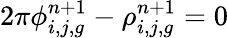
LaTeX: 2\pi\phi_{i,j,g}^{n+1}-\rho_{i,j,g}^{n+1}=0